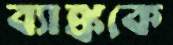
ব্যাঙ্ককে